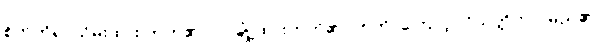
စိတ်ကိုရုပ်သိမ်းထား တတ်၏။ ဝါ၊ ချုံ့ထားတတ်၏။ ဣတိ၊ ကြောင့်။ ဝိသတ္တိကာ၊ မည်၏။